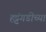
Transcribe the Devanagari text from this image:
हट्टंगडींच्या